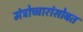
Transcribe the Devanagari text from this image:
मंत्रोच्चारांसोबत